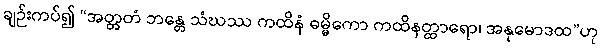
ချဉ်းကပ်၍ “အတ္တတံ ဘန္တေ သံဃဿ ကထိနံ ဓမ္မိကော ကထိနတ္ထာရော၊ အနုမောဒထ”ဟု